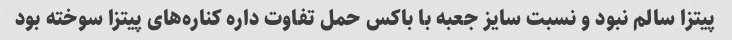
پیتزا سالم نبود و نسبت سایز جعبه با باکس حمل تفاوت داره کناره‌های پیتزا سوخته بود